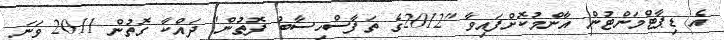
އެ ޑިޕާޓްމަންޓުން އާންމުކޮށްފައިވާ "2012ގެ ތަފާސްހިސާބު ފޮތުން" ދައްކާ ގޮތުން 2011 ވަނަ